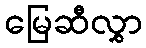
မြေဆီလွှာ